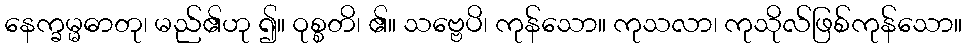
နေက္ခမ္မဓာတု၊ မည်၏ဟု ၍။ ဝုစ္စတိ၊ ၏။ သဗ္ဗေပိ၊ ကုန်သော။ ကုသလာ၊ ကုသိုလ်ဖြစ်ကုန်သော။